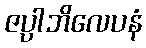
ဇပ္ပါဘိလေပနံ